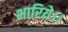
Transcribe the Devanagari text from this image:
भारिये।।